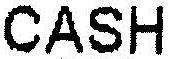
CASH